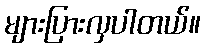
များပြားလှပါတယ်။